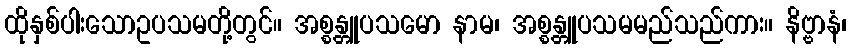
ထိုနှစ်ပါးသောဥပသမတို့တွင်။ အစ္စန္တူပသမော နာမ၊ အစ္စန္တူပသမမည်သည်ကား။ နိဗ္ဗာနံ၊